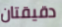
دقيقتان